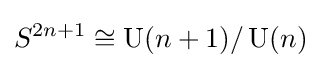
S^{2n+1}\cong \operatorname {U} (n+1)/\operatorname {U} (n)